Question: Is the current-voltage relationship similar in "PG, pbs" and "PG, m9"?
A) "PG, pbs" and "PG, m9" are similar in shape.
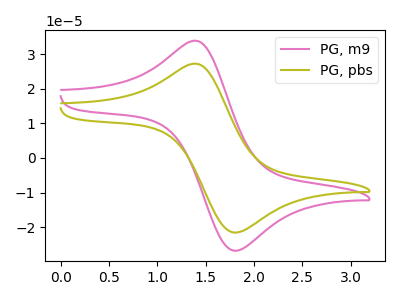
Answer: <think>The pink curve "PG, m9" has an anodic peak at (1.45V, 33.75uA) and a cathodic peak at (1.80V, -26.85uA). The olive curve "PG, pbs" has an anodic peak at (1.45V, 27.15uA) and a cathodic peak at (1.80V, -21.60uA).
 All the peaks in "PG, pbs" have a peak in "PG, m9" at the same potential. Every peak in "PG, pbs" is lower than every peak in "PG, m9".</think>
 <answer>A) "PG, pbs" and "PG, m9" are similar in shape.</answer>
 <eval>A</eval>